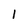
Character: l